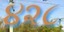
૪૨૮